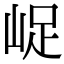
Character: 𡷿